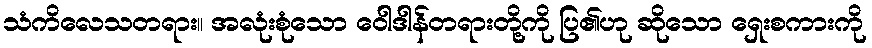
သံကိလေသတရား။ အလုံးစုံသော ဝေါဒါန်တရားတို့ကို ပြ၏ဟု ဆိုသော ရှေးစကားကို